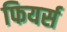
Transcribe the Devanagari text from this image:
फियर्स